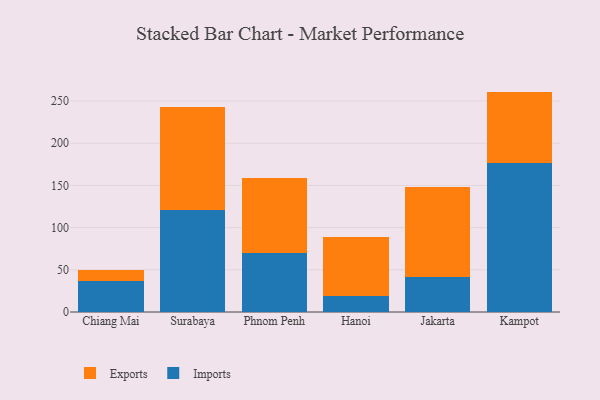
{"axis": {"x": "City", "y": "Satisfaction Score"}, "legend": ["Exports", "Imports"], "data": [{"x": "Chiang Mai", "y": 37.2, "type": "Imports"}, {"x": "Chiang Mai", "y": 12.2, "type": "Exports"}, {"x": "Surabaya", "y": 120.8, "type": "Imports"}, {"x": "Surabaya", "y": 122.5, "type": "Exports"}, {"x": "Phnom Penh", "y": 70.4, "type": "Imports"}, {"x": "Phnom Penh", "y": 88.5, "type": "Exports"}, {"x": "Hanoi", "y": 19.2, "type": "Imports"}, {"x": "Hanoi", "y": 69.5, "type": "Exports"}, {"x": "Jakarta", "y": 40.9, "type": "Imports"}, {"x": "Jakarta", "y": 107.7, "type": "Exports"}, {"x": "Kampot", "y": 176.7, "type": "Imports"}, {"x": "Kampot", "y": 84.5, "type": "Exports"}]}